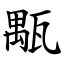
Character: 㼴